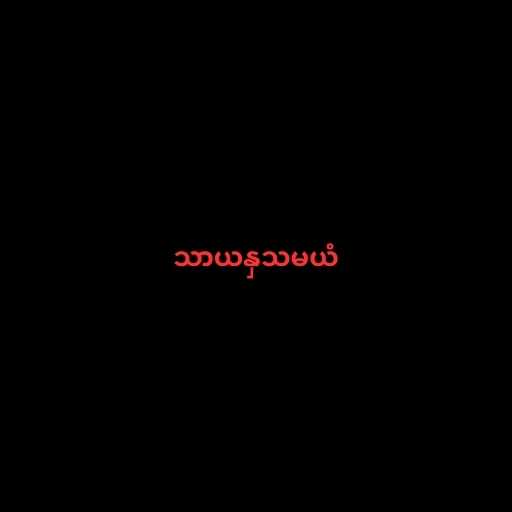
သာယနှသမယံ